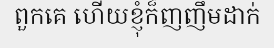
ពួកគេ ហើយខ្ញុំក៏ញញឹមដាក់